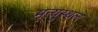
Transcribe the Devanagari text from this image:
मृत्युस्थल